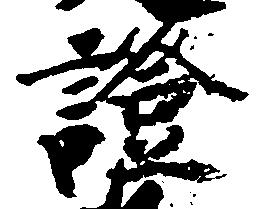
証